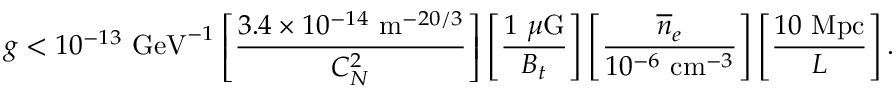
g < 1 0 ^ { - 1 3 } \ \mathrm { G e V } ^ { - 1 } \left[ { \frac { 3 . 4 \times 1 0 ^ { - 1 4 } \ \mathrm { m } ^ { - 2 0 / 3 } } { C _ { N } ^ { 2 } } } \right] \left[ { \frac { 1 \ \mu \mathrm { G } } { B _ { t } } } \right] \left[ { \frac { \overline { { n } } _ { e } } { 1 0 ^ { - 6 } \ \mathrm { c m } ^ { - 3 } } } \right] \left[ { \frac { 1 0 \ \mathrm { M p c } } { L } } \right] .